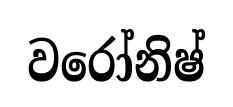
වරෝනිෂ්